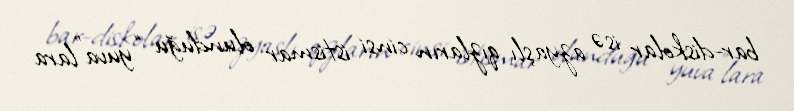
bar-diskolar isə azyaşlı qızların cinsi istismar olunduğu “yuva”lara